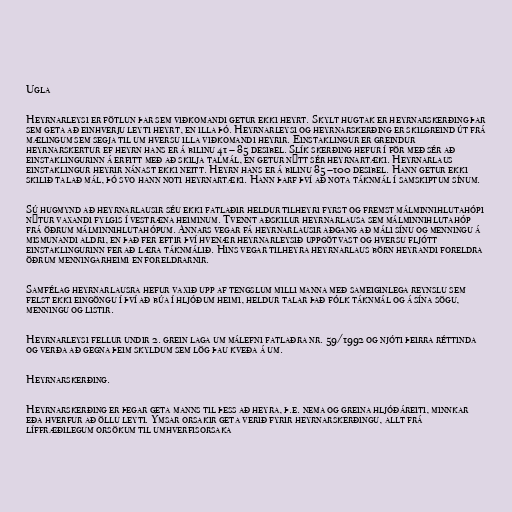
Ugla

Heyrnarleysi er fötlun þar sem viðkomandi getur ekki heyrt. Skylt hugtak er heyrnarskerðing þar
sem geta að einhverju leyti heyrt, en illa þó. Heyrnarleysi og heyrnarskerðing er skilgreind út frá
mælingum sem segja til um hversu illa viðkomandi heyrir. Einstaklingur er greindur
heyrnarskertur ef heyrn hans er á bilinu 41 – 85 desibel. Slík skerðing hefur í för með sér að
einstaklingurinn á erfitt með að skilja talmál, en getur nýtt sér heyrnartæki. Heyrnarlaus
einstaklingur heyrir nánast ekki neitt. Heyrn hans er á bilinu 85 –100 desibel. Hann getur ekki
skilið talað mál, þó svo hann noti heyrnartæki. Hann þarf því að nota táknmál í samskiptum sínum.

Sú hugmynd að heyrnarlausir séu ekki fatlaðir heldur tilheyri fyrst og fremst málminnihlutahópi
nýtur vaxandi fylgis í vestræna heiminum. Tvennt aðskilur heyrnarlausa sem málminnihlutahóp
frá öðrum málminnihlutahópum. Annars vegar fá heyrnarlausir aðgang að máli sínu og menningu á
mismunandi aldri, en það fer eftir því hvenær heyrnarleysið uppgötvast og hversu fljótt
einstaklingurinn fer að læra táknmálið. Hins vegar tilheyra heyrnarlaus börn heyrandi foreldra
öðrum menningarheimi en foreldrarnir.

Samfélag heyrnarlausra hefur vaxið upp af tengslum milli manna með sameiginlega reynslu sem
felst ekki eingöngu í því að búa í hljóðum heimi, heldur talar það fólk táknmál og á sína sögu,
menningu og listir.

Heyrnarleysi fellur undir 2. grein laga um málefni fatlaðra nr. 59/1992 og njóti þeirra réttinda
og verða að gegna þeim skyldum sem lög þau kveða á um.

Heyrnarskerðing.

Heyrnarskerðing er þegar geta manns til þess að heyra, þ.e. nema og greina hljóðáreiti, minnkar
eða hverfur að öllu leyti. Ýmsar orsakir geta verið fyrir heyrnarskerðingu, allt frá
líffræðilegum orsökum til umhverfisorsaka